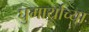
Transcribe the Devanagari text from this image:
घुमार्याच्या